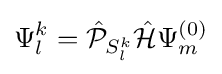
\Psi _{l}^{k}={\hat {\mathcal {P}}}_{S_{l}^{k}}{\hat {\mathcal {H}}}\Psi _{m}^{(0)}